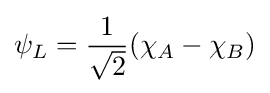
\psi _{L}={\frac {1}{\sqrt {2}}}(\chi _{A}-\chi _{B})